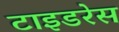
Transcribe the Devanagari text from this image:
टाइडरेस